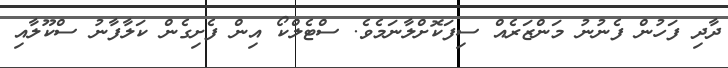
ދާދި ފަހުން ފެނުނު މަންޒަރެއް ސިފަކޮށްލާނަމެވެ. ސްޓެލްކޯ އިން ފެށިގެން ކަލާފާނު ސްކޫލާއި